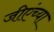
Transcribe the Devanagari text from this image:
जीएंच्या